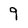
Character: 9